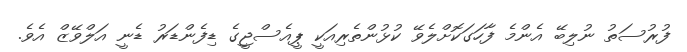
ފުރުސަތު ނުލިބޭ އެންމެ ފާހަގަކޮށްލެވޭ ކުޅުންތެރިއަކީ ޕީއެސްޖީގެ ޑިފެންޑަރު ޑެނީ އަލްވޭޒް އެވެ.